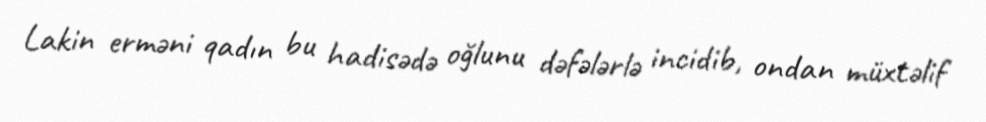
Lakin erməni qadın bu hadisədə oğlunu dəfələrlə incidib, ondan müxtəlif